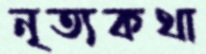
নৃত্যকথা